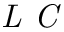
\textit { L C }